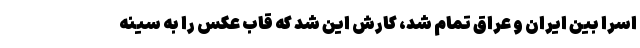
اسرا بین ایران و عراق تمام شد، کارش این شد که قاب عکس را به سینه